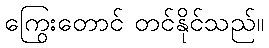
ကြွေးတောင် တင်နိုင်သည်။